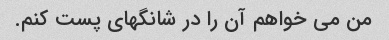
من می خواهم آن را در شانگهای پست کنم.